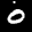
Label: 0